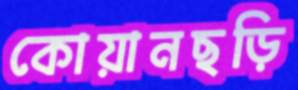
কোয়ানছড়ি